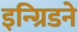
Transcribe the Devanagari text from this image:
इन्ग्रिडने